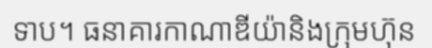
ទាប។ ធនាគារកាណាឌីយ៉ានិងក្រុមហ៊ុន